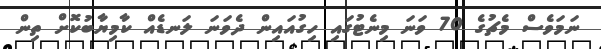
ނަމަވެސް މެޗުގެ 70 ވަނަ މިނެޓުގައި ހިގުއައިން ދެވަނަ ލަނޑެއް ކާމިޔާބުކޮށް ތިން